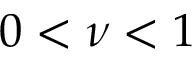
0 < \nu < 1